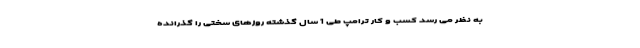
به نظر می رسد کسب و کار ترامپ طی 1 سال گذشته روزهای سختی را گذرانده